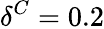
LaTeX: \delta^{C}=0.2